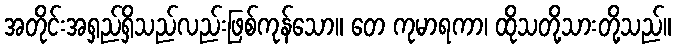
အတိုင်းအရှည်ရှိသည်လည်းဖြစ်ကုန်သော။ တေ ကုမာရကာ၊ ထိုသတို့သားတို့သည်။